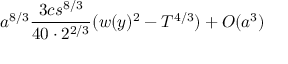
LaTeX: a ^ { 8 / 3 } \frac { 3 c s ^ { 8 / 3 } } { 4 0 \cdot 2 ^ { 2 / 3 } } ( w ( y ) ^ { 2 } - T ^ { 4 / 3 } ) + O ( a ^ { 3 } )